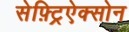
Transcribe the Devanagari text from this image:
सेफ़्ट्रिऐक्सोन